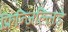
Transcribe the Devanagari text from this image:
फ्रिन्जिल्लिडे